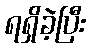
ရရှိခဲ့ပြီး